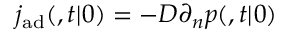
j _ { \mathrm { { a d } } } ( \r , t | \r _ { 0 } ) = - D \partial _ { n } p ( \r , t | \r _ { 0 } )